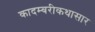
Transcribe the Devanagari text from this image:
कादम्बरीकथासार